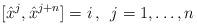
LaTeX: \begin{align*}[\hat x^{j}, \hat x^{j+n}] = i \, , \enspace j=1, \dots , n\end{align*}